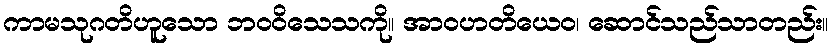
ကာမသုဂတိဟူသော ဘဝဝိသေသကို။ အာဝဟတိယေဝ၊ ဆောင်သည်သာတည်း။